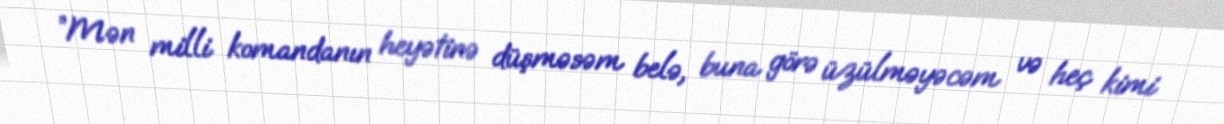
”Mən milli komandanın heyətinə düşməsəm belə, buna görə üzülməyəcəm və heç kimi